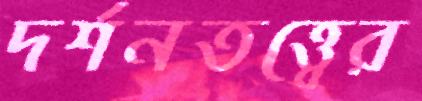
দর্শনতত্ত্বের